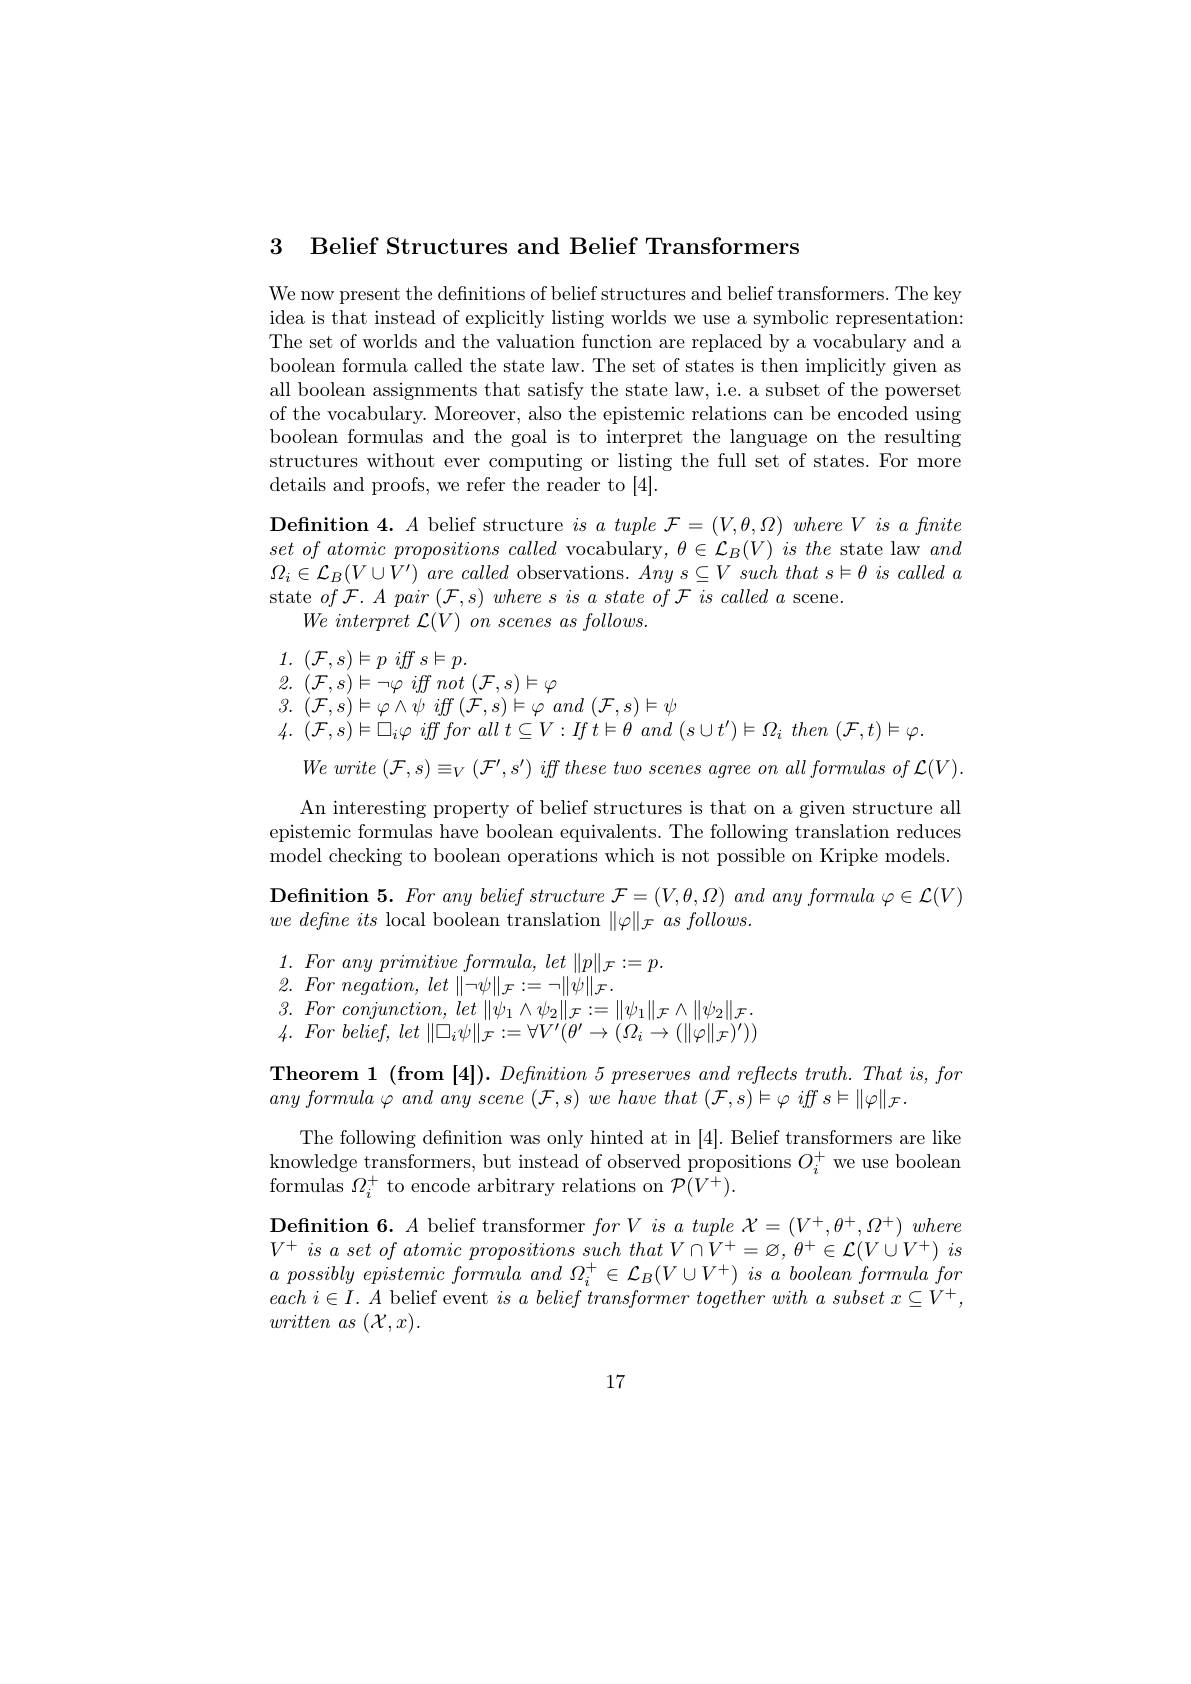
3 Belief Structures and Belief Transformers

We now present the definitions of belief structures and belief transformers. The key idea is that instead of explicitly listing worlds we use a symbolic representation: The set of worlds and the valuation function are replaced by a vocabulary and a boolean formula called the state law. The set of states is then implicitly given as all boolean assignments that satisfy the state law, i.e. a subset of the powerset of the vocabulary. Moreover, also the epistemic relations can be encoded using boolean formulas and the goal is to interpret the language on the resulting structures without ever computing or listing the full set of states. For more details and proofs, we refer the reader to [4].

$\begin{aligned}\textbf{Definition 4.}A\text{ belief structure }is~a~tuple~\mathcal{F}=(V,\theta,\Omega)~where~V~is~a~fnite\\set~of~atomic~propositions~called~\text{vocabulary,}~\theta\in\mathcal{L}_{B}(V)~is~the~\text{state law }and\\\Omega_{i}\in\mathcal{L}_{B}(V\cup V^{\prime})~are~called~\text{observations.}~Any~s\subseteq V~such~that~s\models\theta~is~called~a\end{aligned}$
state $of\mathcal{F} . A\textit{pair}\left ( \mathcal{F} , s\right ) \textit{where s is a state of F is called a scene}$
$We\textit{ interpret L}( V) \textit{on scenes as follows. }$

1. $( \mathcal{F} , s) \vDash p$ iff $s\models p.$
2. $( \mathcal{F} , s) \models \neg \varphi$ iff not $( \mathcal{F} , s) \vDash \varphi$
3. $\left ( \mathcal{F} , s\right ) \vDash \varphi \wedge \psi$ $iff\left ( \mathcal{F} , s\right ) \models \varphi$ and $\left ( \mathcal{F} , s\right ) \models \psi$
4. $( \mathcal{F} , s) \vDash \square _{i}\varphi$ iff for all $t\subseteq V: If$ $t\models \theta$ and $( s\cup t^{\prime }) \models \Omega _{i}$ then $( \mathcal{F} , t) \models \varphi .$
$We$ write $( \mathcal{F} , s) \equiv _V$ $( \mathcal{F} ^{\prime }, s^{\prime })$ iff these two scenes agree $on$ all formulas $of$ $\mathcal{L} ( V) .$ An interesting property of belief structures is that on a given structure all
epistemic formulas have boolean equivalents. The following translation reduces model checking to boolean operations which is not possible on Kripke models $\textbf{Definition 5. For any belief structure }\mathcal{F} = ( V, \theta , \Omega )$ and any formula $\varphi\in\mathcal{L}(V)$
$we\textit{define its local boolean translation }\| \varphi \| _{\mathcal{F} }\textit{as follows. }$
1. For any primitive $formula$, let $\| p\| _{\mathcal{F} }: = p.$
2. For $negation$, let $\| \neg \psi \| _{\mathcal{F} }: = \neg \| \psi \| _{\mathcal{F} }.$
$3. \textit{ For conjunction, let }\| \psi _{1}\wedge \psi _{2}\| _{\mathcal{F} }: = \| \psi _{1}\| _{\mathcal{F} }\wedge \| \psi _{2}\| _{\mathcal{F} }.$ 4. For $belief$, let $\| \Box _{i}\psi \| _{\mathcal{F} }: = \forall V^{\prime }( \theta ^{\prime }\rightarrow ( \Omega _{i}\rightarrow ( \| \varphi \| _{\mathcal{F} }) ^{\prime }) )$ Theorem 1 (from [4]). Definition 5 preserves and reflects truth. That is, for
any formula $\varphi$ and any scene $( \mathcal{F} , s)$ $we$ have that $( \mathcal{F} , s) \models \varphi$ iff $s\vDash \| \varphi \| _{\mathcal{F} }.$
The following defnition was only hinted at in [4]. Belief transformers are like knowledge transformers, but instead of observed propositions $O_i^+$ we use boolean formulas $\Omega_{i}^{+}$ to encode arbitrary relations on $\mathcal{P}(V^{+}).$
$\textbf{Definition 6. }A$ belief transformer $forV\textit{is a tuple }\mathcal{X} = ( V^{+ }, \theta ^{+ }, \Omega ^{+ }) where$ $V^{+ }$ $is$ $a$ set $of$ atomic propositions such that $V\cap V^{+ }= \varnothing $, $\theta ^{+ }\in \mathcal{L} ( V\cup V^{+ })$ $is$ $a$ possibly epistemic formula and $\Omega _{i}^{+ }\in \mathcal{L} _{B}( V\cup V^{+ })$ $is$ $a$ boolean formula for each $i\in I.$ $A$ belief event $is$ $a$ belief transformer together with $a$ subset $x\subseteq V^{+ }$, $written~as~(\mathcal{X},x).$

17